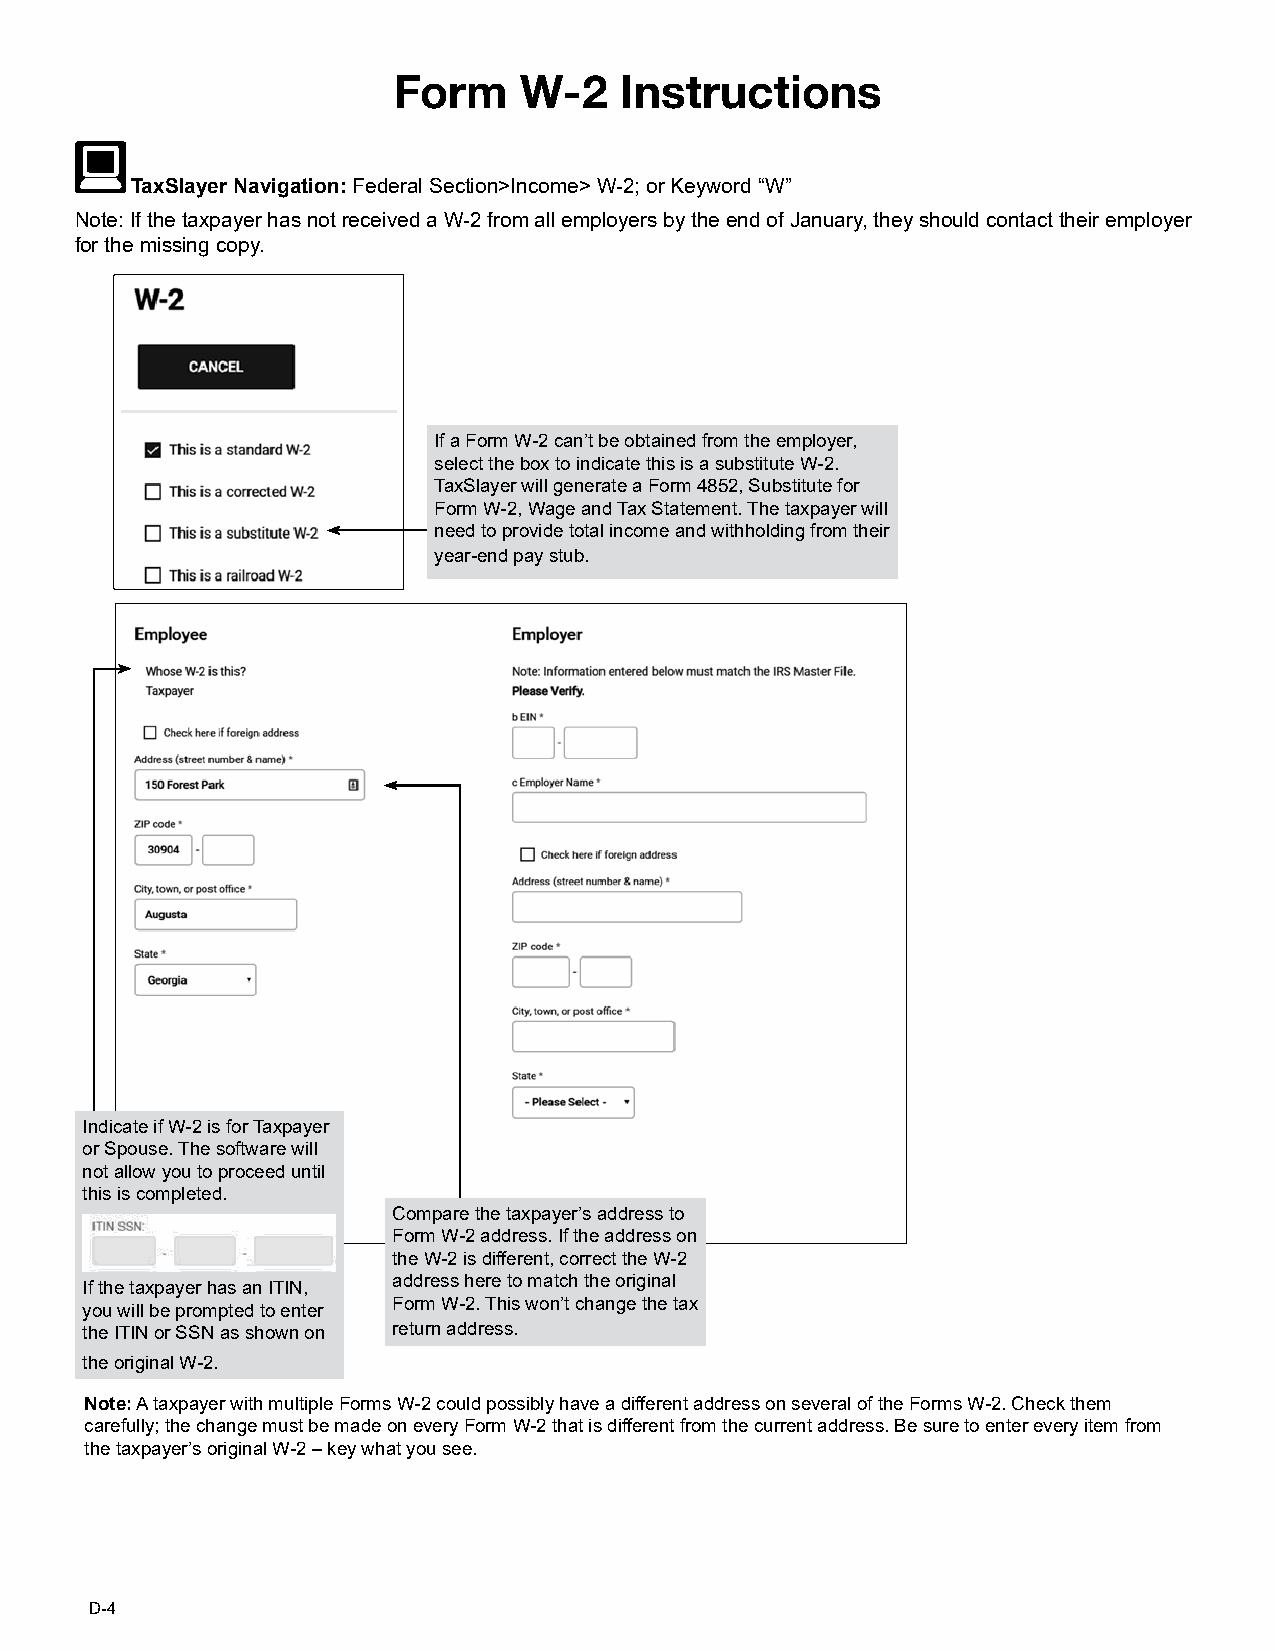
FFoorrmm WW--22 IInnssttrruuccttiioonnss
 TTaaxxSSllaayyeerr NNaavviiggaattiioonn:: FFeeddeerraall SSeeccttiioonn>>IInnccoommee>> WW--22;; oorr KKeeyywwoorrdd ““WW””
 NNoottee:: IIff tthhee ttaaxxppaayyeerr hhaass nnoott rreecceeiivveedd aa WW--22 ffrroomm aallll eemmppllooyyeerrss bbyy tthhee eenndd ooff JJaannuuaarryy,, tthheeyy sshhoouulldd ccoonnttaacctt tthheeiirr eemmppllooyyeerr
 ffoorr tthhee mmiissssiinngg ccooppyy..
 IIff aa FFoorrmm WW--22 ccaann’’tt bbee oobbttaaiinneedd ffrroomm tthhee eemmppllooyyeerr,,
 sseelleecctt tthhee bbooxx ttoo iinnddiiccaattee tthhiiss iiss aa ssuubbssttiittuuttee WW--22..
 TTaaxxSSllaayyeerr wwiillll ggeenneerraattee aa FFoorrmm 44885522,, SSuubbssttiittuuttee ffoorr
 FFoorrmm WW--22,, WWaaggee aanndd TTaaxx SSttaatteemmeenntt.. TThhee ttaaxxppaayyeerr wwiillll
 nneeeedd ttoo pprroovviiddee ttoottaall iinnccoommee aanndd wwiitthhhhoollddiinngg ffrroomm tthheeiirr
 yyeeaarr--eenndd ppaayy ssttuubb..
 IInnddiiccaattee iiff WW--22 iiss ffoorr TTaaxxppaayyeerr
 oorr SSppoouussee.. TThhee ssooffttwwaarree wwiillll
 nnoott aallllooww yyoouu ttoo pprroocceeeedd uunnttiill
 tthhiiss iiss ccoommpplleetteedd..
 CCoommppaarree tthhee ttaaxxppaayyeerr’’ss aaddddrreessss ttoo
 FFoorrmm WW--22 aaddddrreessss.. IIff tthhee aaddddrreessss oonn
 tthhee WW--22 iiss ddiiffffeerreenntt,, ccoorrrreecctt tthhee WW--22
 aaddddrreessss hheerree ttoo mmaattcchh tthhee oorriiggiinnaall
 IIff tthhee ttaaxxppaayyeerr hhaass aann IITTIINN,,
 FFoorrmm WW--22.. TThhiiss wwoonn’’tt cchhaannggee tthhee ttaaxx
 yyoouu wwiillll bbee pprroommpptteedd ttoo eenntteerr
 tthhee IITTIINN oorr SSSSNN aass sshhoowwnn oonn rreettuurrnn aaddddrreessss..
 tthhee oorriiggiinnaall WW--22..
 Note: A taxpayer with multiple Forms W-2 could possibly have a different address on several of the Forms W-2. Check them
 carefully; the change must be made on every Form W-2 that is different from the current address. Be sure to enter every item from
 the taxpayer’s original W-2 – key what you see.
 D-4